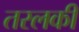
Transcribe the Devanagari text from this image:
तरलकी